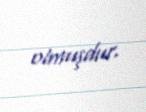
olmuşdur.